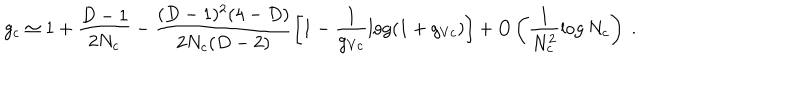
g _ { c } \simeq 1 + \frac { D - 1 } { 2 N _ { c } } - \frac { ( D - 1 ) ^ { 2 } ( 4 - D ) } { 2 N _ { c } ( D - 2 ) } \left[ 1 - \frac { 1 } { g _ { V c } } \log ( 1 + g _ { V c } ) \right] + O \left( \frac { 1 } { N _ { c } ^ { 2 } } \log N _ { c } \right) \ .